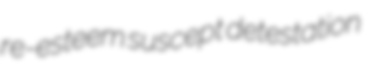
re-esteem suscept detestation